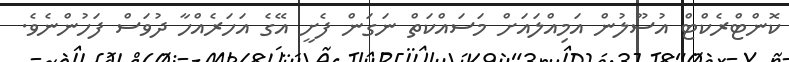
ކޮންޓްރެކްޓް އުސޫލުން އަމިއްލައަށް މަސައްކަތް ނަގަން ފެށީ އޭގެ އަހަރެއްހާ ދުވަސް ފަހުންނެވެ.